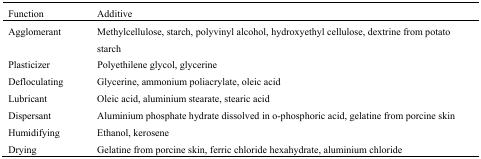
| Function | Additive |
 | --- | --- |
 | Agglomerant | Methylcellulose, starch, polyvinyl alcohol, hydroxyethyl cellulose, dextrine from potato starch |
 | Plasticizer | Polyethilene glycol, glycerine |
 | Defloculating | Glycerine, ammonium poliacrylate, oleic acid |
 | Lubricant | Oleic acid, aluminium stearate, stearic acid |
 | Dispersant | Aluminium phosphate hydrate dissolved in o-phosphoric acid, gelatine from porcine skin |
 | Humidifying | Ethanol, kerosene |
 | Drying | Gelatine from porcine skin, ferric chloride hexahydrate, aluminium chloride |